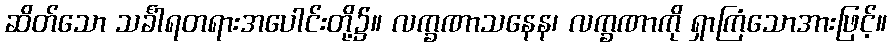
ဆိတ်သော သင်္ခါရတရားအပေါင်းတို့၌။ လက္ခဏာသနေန၊ လက္ခဏာကို ရှာကြံသောအားဖြင့်။